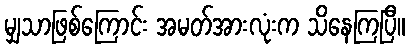
မျှသာဖြစ်ကြောင်း အမတ်အားလုံးက သိနေကြပြီ။